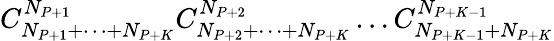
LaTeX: C_{N_{P+1}+\dots+N_{P+K}}^{N_{P+1}}C_{N_{P+2}+\dots+N_{P+K}}^{N_{P+2}}\dots C_{N_{P+K-1}+N_{P+K}}^{N_{P+K-1}}